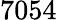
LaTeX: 7054